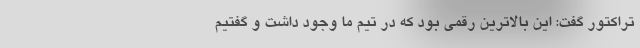
تراکتور گفت: این بالاترین رقمی بود که در تیم ما وجود داشت و گفتیم